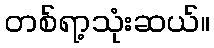
တစ်ရာ့သုံးဆယ်။